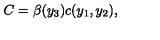
C = \beta ( y _ { 3 } ) c ( y _ { 1 } , y _ { 2 } ) ,